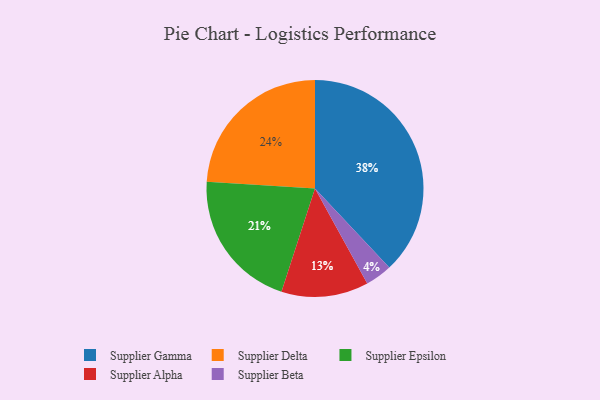
{"axis": {"x": "Category", "y": "Percentage"}, "legend": ["Supplier Alpha", "Supplier Beta", "Supplier Delta", "Supplier Epsilon", "Supplier Gamma"], "data": [{"x": "Supplier Beta", "y": 4, "type": "Supplier Beta"}, {"x": "Supplier Gamma", "y": 38, "type": "Supplier Gamma"}, {"x": "Supplier Epsilon", "y": 21, "type": "Supplier Epsilon"}, {"x": "Supplier Alpha", "y": 13, "type": "Supplier Alpha"}, {"x": "Supplier Delta", "y": 24, "type": "Supplier Delta"}]}